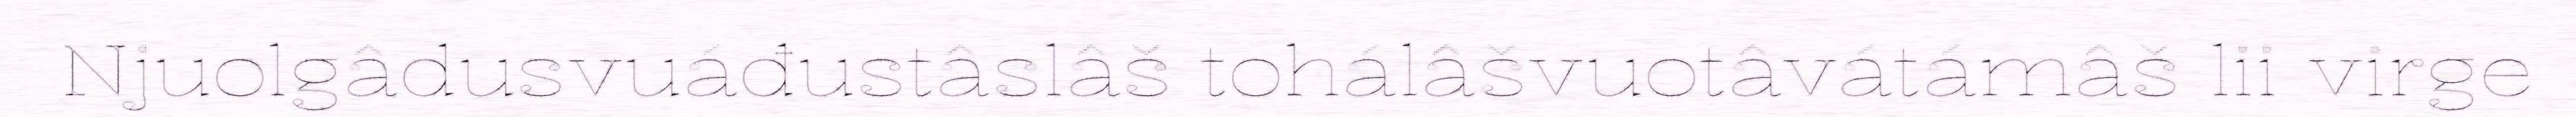
Njuolgâdusvuáđustâslâš tohálâšvuotâvátámâš lii virge